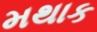
મથાક